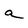
Character: a